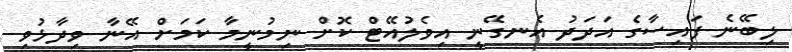
ލިބޭނެ ފައިސާގެ އަދަދު އެނގޭނީ އިވެލުއޭޓް ކޮށް ނިމުނީމާ ކަމަށް އޭނާ ވިދާޅުވި